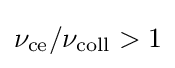
\nu _{\mathrm {ce} }/\nu _{\mathrm {coll} }>1